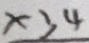
\times 3 4